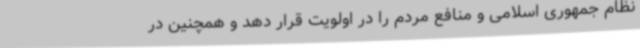
نظام جمهوری اسلامی و منافع مردم را در اولویت قرار دهد و همچنین در